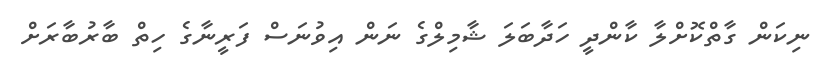
ނިކަން ގާތްކޮށްލާ ކާންދީ ހަދާބަލަ ޝާމިލްގެ ނަން އިވުނަސް ފަރީނާގެ ހިތް ބާރުބާރަށް